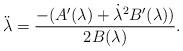
LaTeX: \begin{align*}\ddot\lambda=\frac{-(A'(\lambda)+\dot\lambda^{2}B'(\lambda))}{2B(\lambda)}.\end{align*}